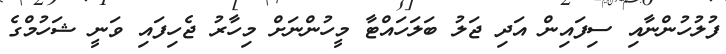
ފުލުހުންނާއި ސިފައިން އަދި ޖަލު ބަލަހައްޓާ މީހުންނަށް މިހާރު ޖެހިފައި ވަނީ ޝަހުމްގެ